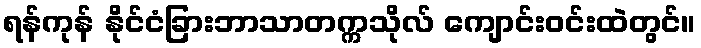
ရန်ကုန် နိုင်ငံခြားဘာသာတက္ကသိုလ် ကျောင်းဝင်းထဲတွင်။